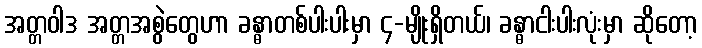
အတ္တဝါဒ အတ္တအစွဲတွေဟာ ခန္ဓာတစ်ပါးပါးမှာ ၄-မျိုးရှိတယ်၊ ခန္ဓာငါးပါးလုံးမှာ ဆိုတော့